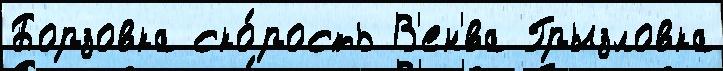
Борзовка ско́рость В'ен'́ва Грызловка